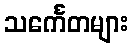
သင်္ကေတများ